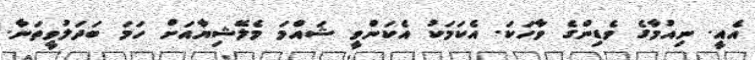
އެއީ. ނިއުމާގެ ވެޑިންގެ ވާހަކަ. އެކަމަކު އެކަންވީ ޝައްމަ މެލޭޝިޔާއަށް ހަމަ ބަދަލުވީތަނާ.